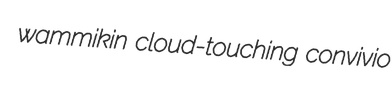
wammikin cloud-touching convivio